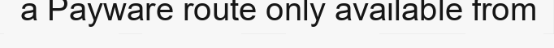
a Payware route only available from